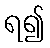
ရ၍